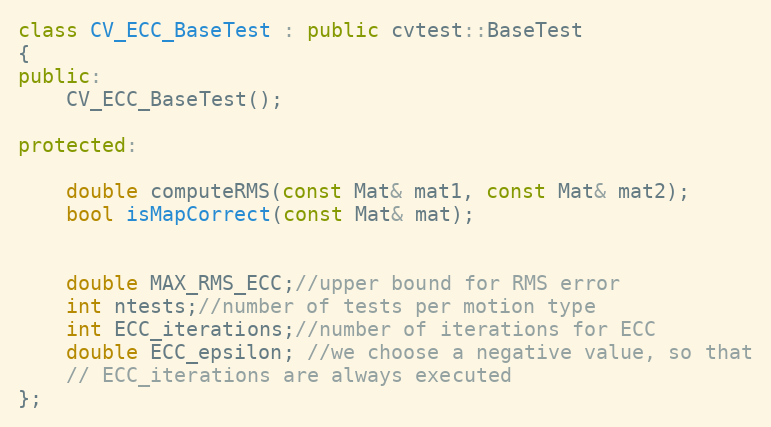
Language: C++
class CV_ECC_BaseTest : public cvtest::BaseTest
{
public:
    CV_ECC_BaseTest();

protected:

    double computeRMS(const Mat& mat1, const Mat& mat2);
    bool isMapCorrect(const Mat& mat);

    double MAX_RMS_ECC;//upper bound for RMS error
    int ntests;//number of tests per motion type
    int ECC_iterations;//number of iterations for ECC
    double ECC_epsilon; //we choose a negative value, so that
    // ECC_iterations are always executed
};